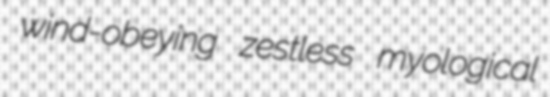
wind-obeying zestless myological